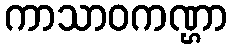
ကာသာဝကဏ္ဌာ